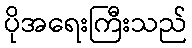
ပိုအရေးကြီးသည်